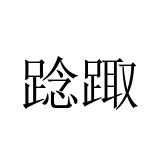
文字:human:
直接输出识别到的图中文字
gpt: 踗踙